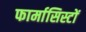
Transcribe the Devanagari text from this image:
फार्मासिस्टों